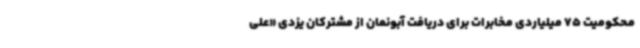
محکومیت 75 میلیاردی مخابرات برای دریافت آبونمان از مشترکان یزدی «علی